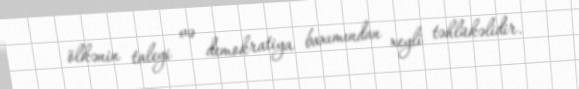
ölkənin taleyi və demokratiya baxımından xeyli təhlükəlidir.